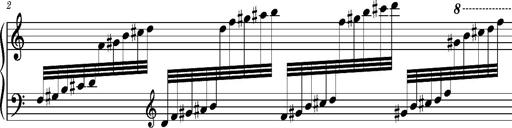
Title: Cadenza, S.695f
Composer: Franz Liszt